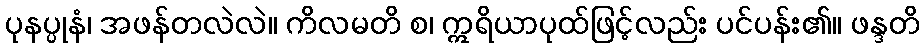
ပုနပ္ပုနံ၊ အဖန်တလဲလဲ။ ကိလမတိ စ၊ ဣရိယာပုထ်ဖြင့်လည်း ပင်ပန်း၏။ ဖန္ဒတိ